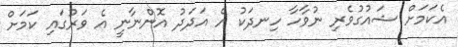
އެކަމަށް ޝައުގުވެރި ނުވާހާ ހިނދަކު އެ އަދަދު އޮންނާނީ އެ ވަރުގައި ކަމަށް